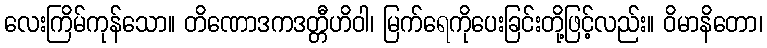
လေးကြိမ်ကုန်သော။ တိဏောဒကဒတ္တီဟိဝါ၊ မြက်ရေကိုပေးခြင်းတို့ဖြင့်လည်း။ ဝိမာနိတော၊